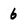
Character: 6